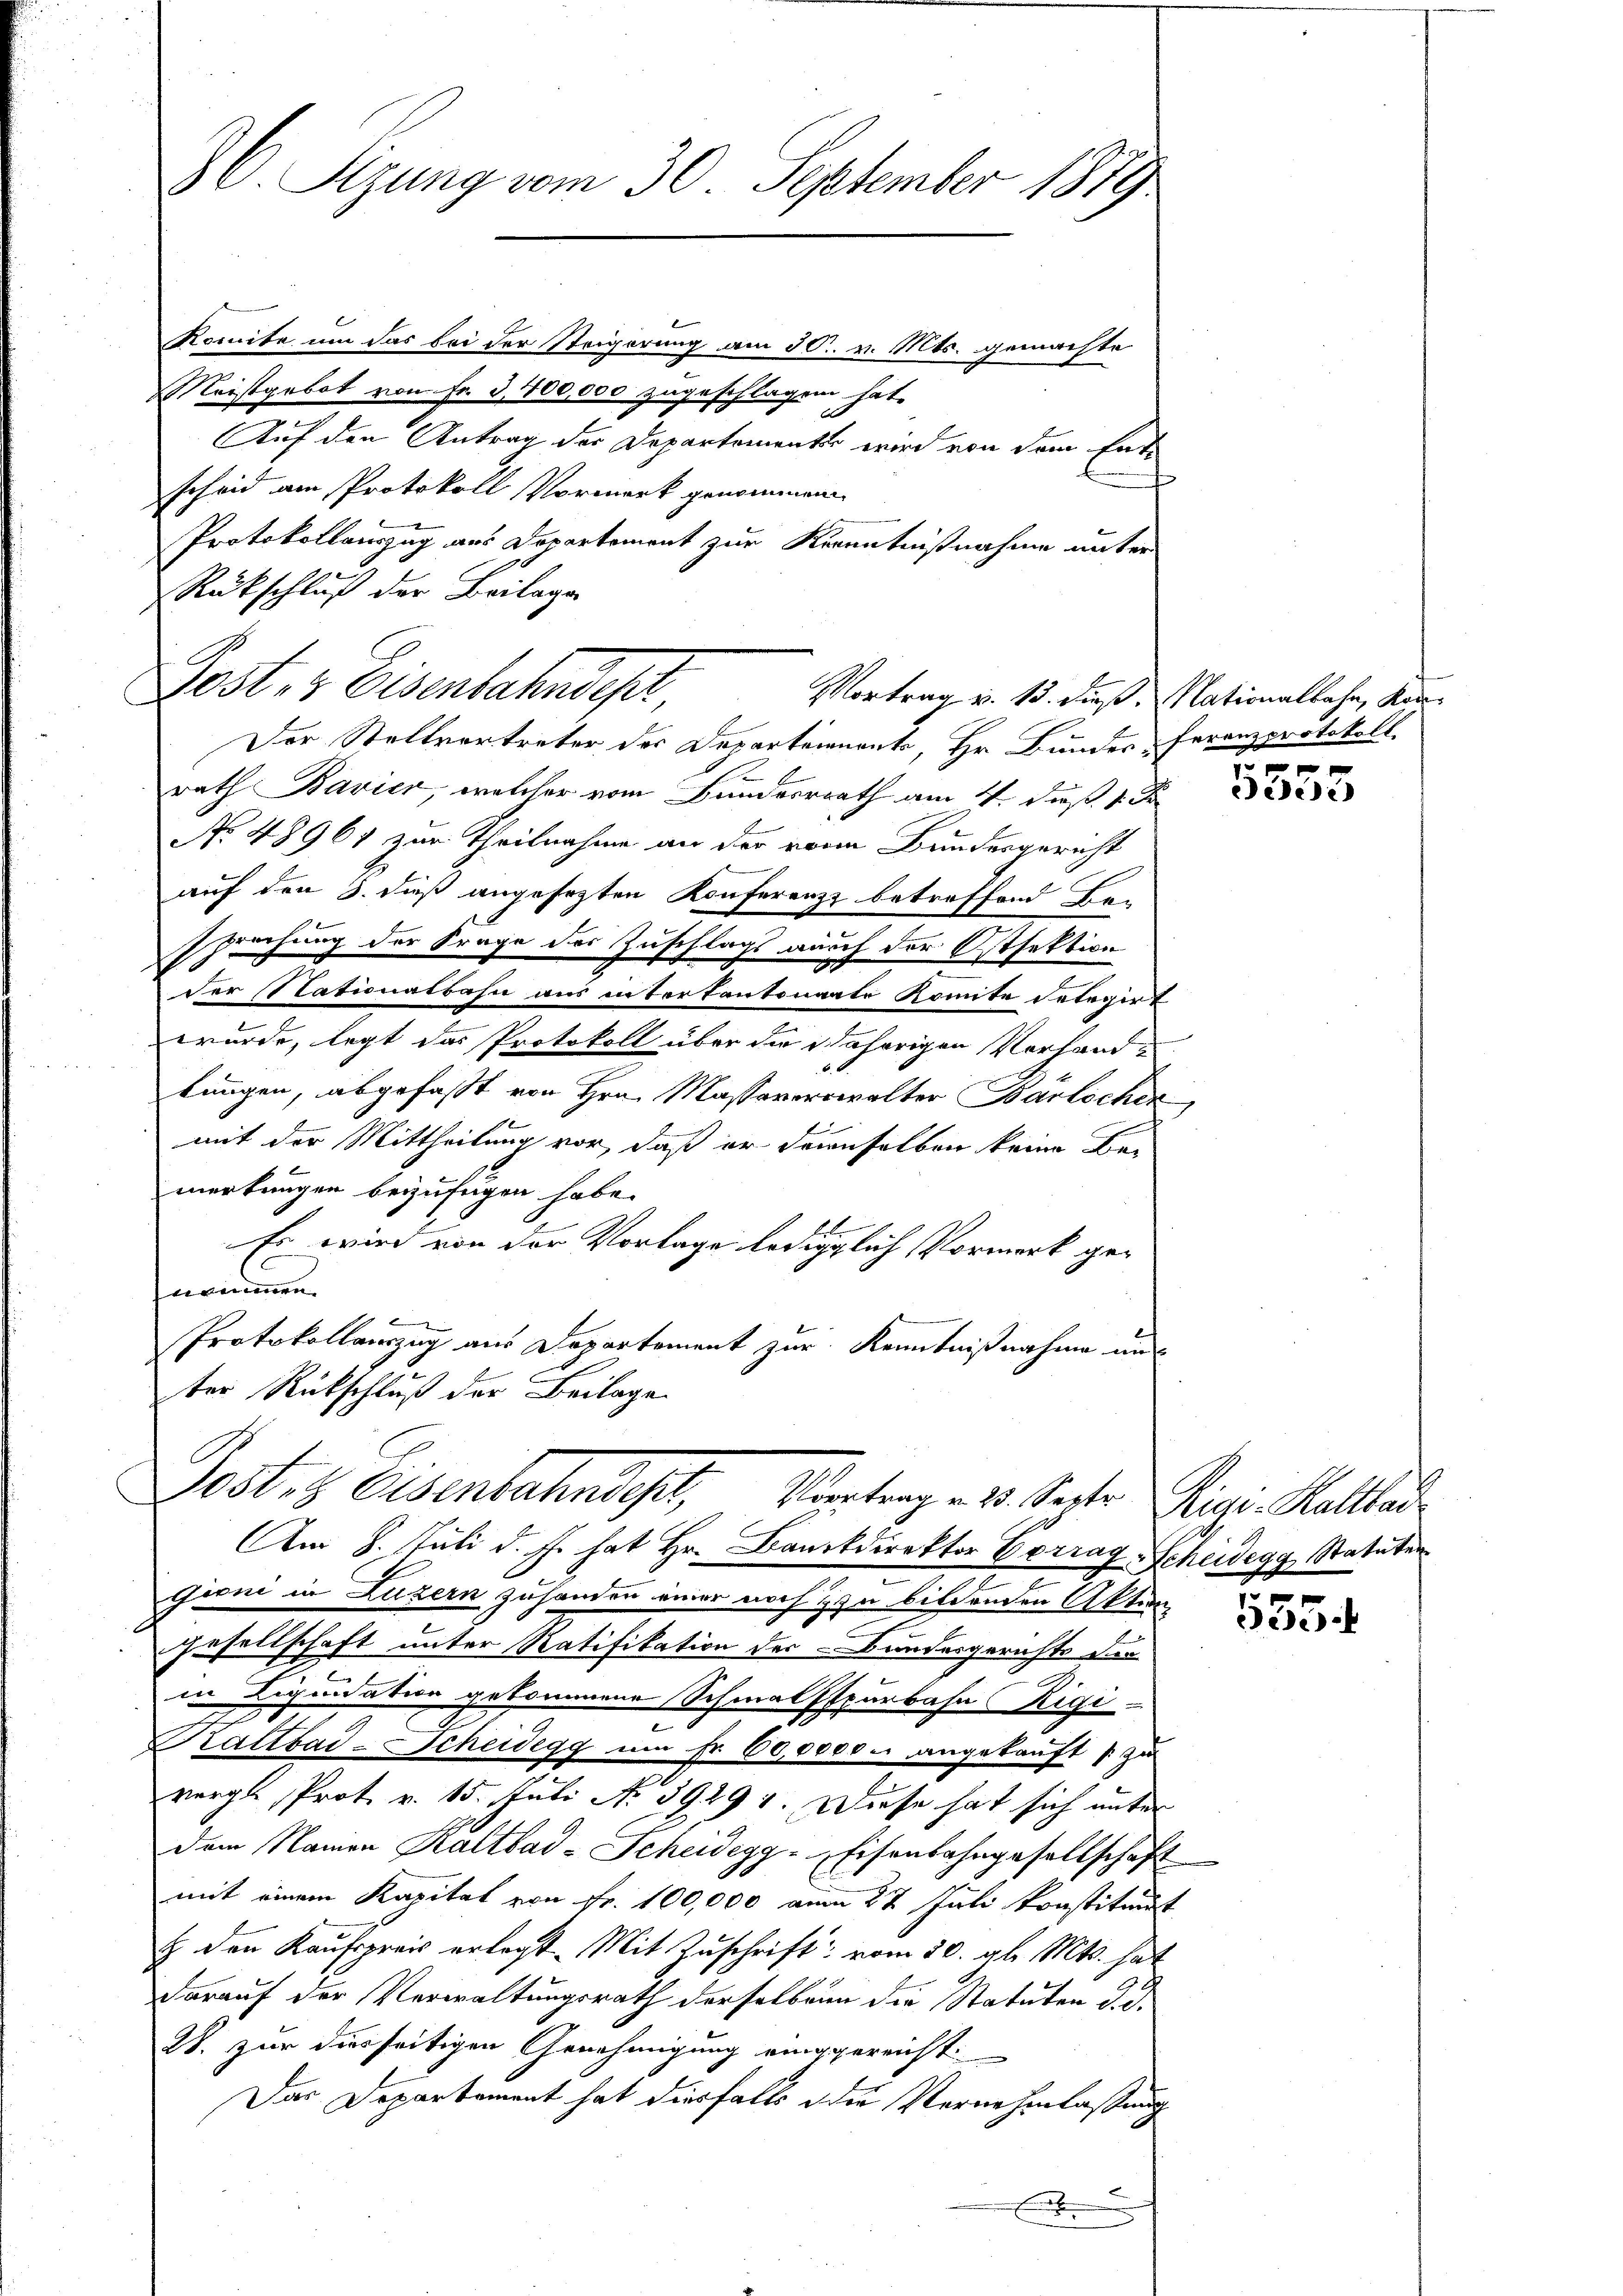
36. Sizung vom 30. September 1879
komite um das bei der Steigerung am 30. v. Mts. gemachte

Meistgebot von Fr. 3,700,000 zugeschlagen hat.
d
Auf den Antrag der Departemente wird von dem Entscheid am Protokoll Vormerk genommen
Protokollauszug aus Departement zur Kenntnißnahme unter
Rückschluß der Beilage
Der Stellvertreter des Departennants, Hr. Bundes Franzprotokoll.
rath Bavier, welcher vom Bundesrath am 14. daß 1. Ju
No. 48961 zur Theilnahme an der von Bundesgericht
auf den 3. dieß angesetzten Konferenz betreffend Be-
sprechung der Frage des Zuschlags auch der Ostsektion
der Nationalbahn aus interkantonarte Komite deterirt
wurde, legt das Protokoll über die daherigen Vorhandlungen, abgefaßt von Hrn. Massaverwalter Barlicher,
mit der Mittheilung vor, daß er denselben keine Bei
merkungen beizufügen habe.
Es wird von der Vorlage lediglich Vormerk gett vernen
Protokollauszug aus Departement zur Kenntnißnahme und
ter Rückschluß der Beilage
Jost, 8 Eisenbahndet, Vertrag - 2. Seiter Rigi Kallad
Am 8. Juli d. J. hat Hr. Bankdirektor Vorrage Scheidegg, Statuten
gioni in Luzern zuhanden einer noch zu bildenden Akten
Gesellschaft unter Ratifikation der Bundesgerichts der
in Liquidation gekommene Schmalspurbahn Rigi-
Kaltbad-Scheidegg um Fr. 60,0000 u. angekauft zu
vorge, Prot. v. 15. Juli N. 39291. Diese hat sich unter
dem Namen Kaltbad-Scheidegg-Eisenbahngesellschaft
mit einem Kapital von Fr. 100,000 vom 27 Juli konstituirt
& den Kaufpreis erlegt. Mit Zuschrift vom 30. gl. Mts. hat
darauf der Verwaltungsrath derselben die Statuten d. d.
2. zur diesseitigen Genehmigung einggereicht.
Das Departement hat diesfalls der Vernehmlassung
.

Post, & Eisenbahndepr
Vortrag v. 13. dieß. Nationalbahn, Kon¬

0 f 0 x

Bedene